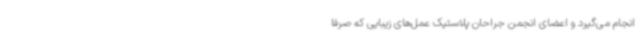
انجام می‌گیرد و اعضای انجمن جراحان پلاستیک عمل‌های زیبایی که صرفاً